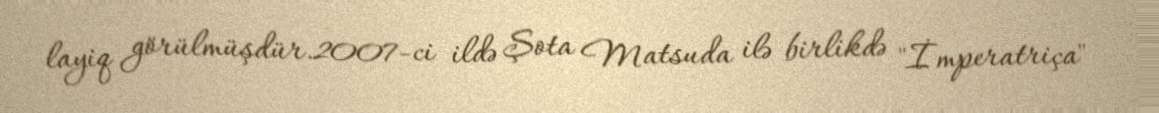
layiq görülmüşdür.2007-ci ildə Şota Matsuda ilə birlikdə "İmperatriça"